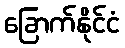
ခြောက်နိုင်ငံ